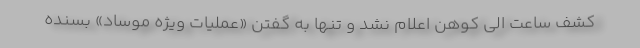
کشف ساعت الی کوهن اعلام نشد و تنها به گفتن «عملیات ویژه موساد» بسنده